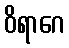
ဝိရာဂေ